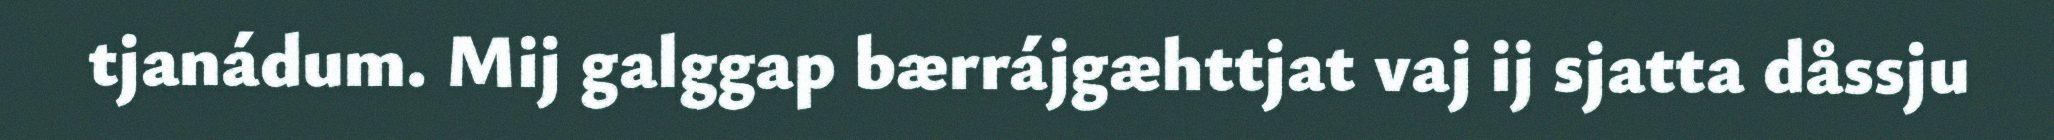
tjanádum. Mij galggap bærrájgæhttjat vaj ij sjatta dåssju